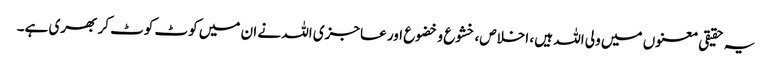
یہ حقیقی معنوں میں ولی اللہ ہیں ، اخلاص، خشوع و خضوع اور عاجزی اللہ نے ان میں کوٹ کوٹ کر بھری ہے۔